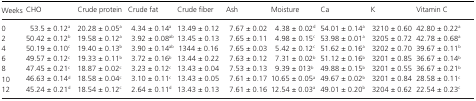
<table><thead><tr><td><b>Weeks</b></td><td><b>CHO</b></td><td><b>Crude protein</b></td><td><b>Crude fat</b></td><td><b>Crude fiber</b></td><td><b>Ash</b></td><td><b>Moisture</b></td><td><b>Ca</b></td><td><b>K</b></td><td><b>Vitamin C</b></td></tr></thead><tbody><tr><td>0</td><td>53.5 ± 0.12<sup>a</sup></td><td>20.28 ± 0.05<sup>a</sup></td><td>4.34 ± 0.14<sup>a</sup></td><td>13.49 ± 0.12</td><td>7.67 ± 0.02</td><td>4.38 ± 0.02<sup>d</sup></td><td>54.01 ± 0.14<sup>a</sup></td><td>3210 ± 0.60</td><td>42.80 ± 0.22<sup>a</sup></td></tr><tr><td>2</td><td>50.42 ± 0.12<sup>b</sup></td><td>19.58 ± 0.12<sup>a</sup></td><td>3.92 ± 0.08<sup>ab</sup></td><td>13.45 ± 0.13</td><td>7.65 ± 0.11</td><td>4.98 ± 0.15<sup>c</sup></td><td>53.98 ± 0.01<sup>a</sup></td><td>3205 ± 0.72</td><td>42.78 ± 0.68<sup>a</sup></td></tr><tr><td>4</td><td>50.19 ± 0.10<sup>c</sup></td><td>19.40 ± 0.13<sup>b</sup></td><td>3.90 ± 0.14<sup>ab</sup></td><td>1344 ± 0.16</td><td>7.65 ± 0.03</td><td>5.42 ± 0.12<sup>c</sup></td><td>51.62 ± 0.16<sup>a</sup></td><td>3202 ± 0.70</td><td>39.67 ± 0.11<sup>b</sup></td></tr><tr><td>6</td><td>49.57 ± 0.12<sup>c</sup></td><td>19.33 ± 0.11<sup>b</sup></td><td>3.72 ± 0.16<sup>b</sup></td><td>13.44 ± 0.22</td><td>7.63 ± 0.12</td><td>7.31 ± 0.02<sup>b</sup></td><td>51.12 ± 0.16<sup>b</sup></td><td>3201 ± 0.85</td><td>36.67 ± 0.14<sup>b</sup></td></tr><tr><td>8</td><td>47.45 ± 0.21<sup>c</sup></td><td>18.87 ± 0.02<sup>c</sup></td><td>3.23 ± 0.12<sup>c</sup></td><td>13.43 ± 0.04</td><td>7.53 ± 0.13</td><td>9.39 ± 013<sup>b</sup></td><td>49.88 ± 0.15<sup>b</sup></td><td>3201 ± 0.55</td><td>36.67 ± 0.21<sup>b</sup></td></tr><tr><td>10</td><td>46.63 ± 0.14<sup>d</sup></td><td>18.58 ± 0.04<sup>c</sup></td><td>3.10 ± 0.11<sup>c</sup></td><td>13.43 ± 0.05</td><td>7.61 ± 0.17</td><td>10.65 ± 0.05<sup>a</sup></td><td>49.67 ± 0.02<sup>b</sup></td><td>3201 ± 0.84</td><td>28.58 ± 0.11<sup>c</sup></td></tr><tr><td>12</td><td>45.24 ± 0.21<sup>d</sup></td><td>18.54 ± 0.12<sup>c</sup></td><td>2.64 ± 0.11<sup>d</sup></td><td>13.43 ± 0.13</td><td>7.61 ± 0.16</td><td>12.54 ± 0.03<sup>a</sup></td><td>49.01 ± 0.20<sup>b</sup></td><td>3204 ± 0.62</td><td>22.54 ± 0.23<sup>c</sup></td></tr></tbody></table>